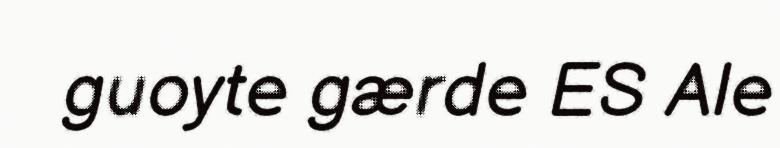
guoyte gærde ES Ale